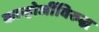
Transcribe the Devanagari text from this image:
कान्होजींविरुद्ध